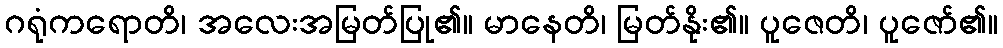
ဂရုံကရောတိ၊ အလေးအမြတ်ပြု၏။ မာနေတိ၊ မြတ်နိုး၏။ ပူဇေတိ၊ ပူဇော်၏။